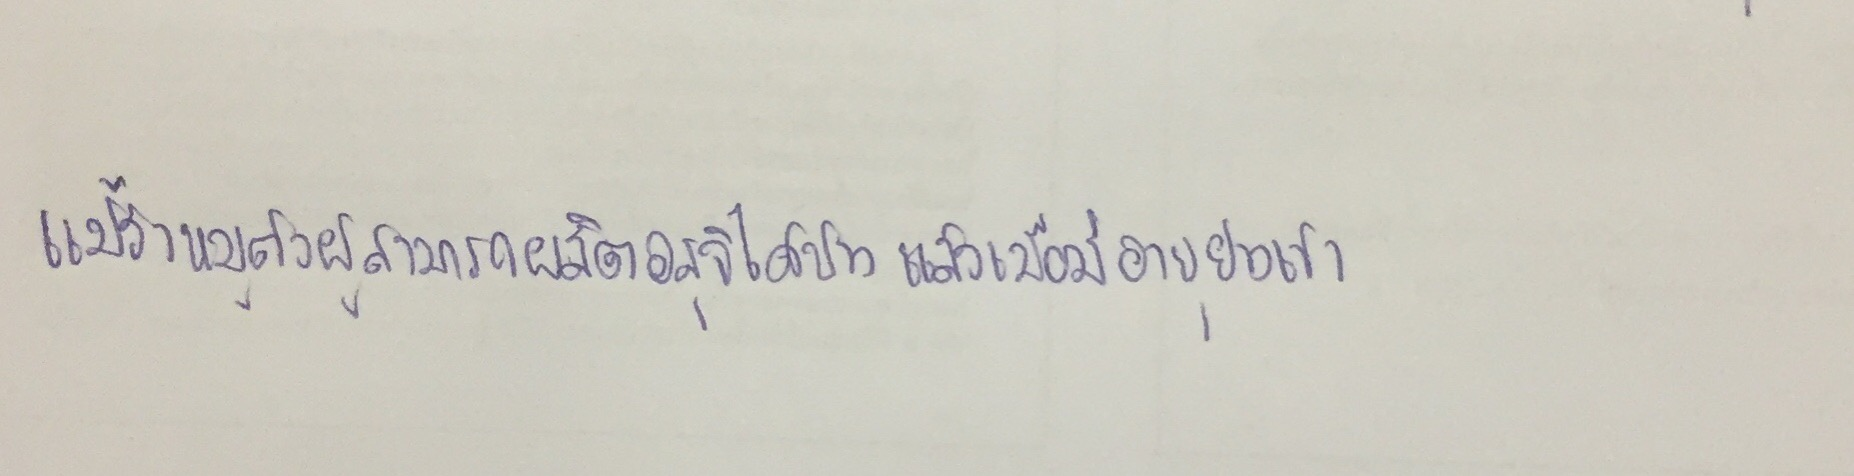
แม้ว่าหมูตัวผู้สามารถผลิตอสุจิได้บ้างแล้วเมื่อมีอายุย่างเข้า